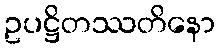
ဥပဋ္ဌိတဿတိနော